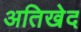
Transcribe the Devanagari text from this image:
अतिखेद